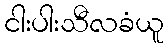
ငါးပါးသီလခံယူ